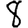
Digit: 8